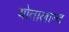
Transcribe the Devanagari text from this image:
योतालान्द